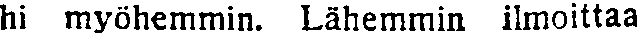
hi myöhemmin. Lähemmin ilmoittaa